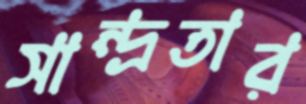
সান্দ্রতার